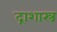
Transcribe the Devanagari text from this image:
द्राशास्त्र